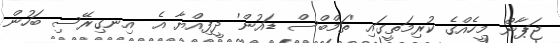
ޖަޕާން މީހެއްގެ ކުރިމަތީގައި 'ތަމްބްސް ޑައުން' ދީފިއްޔާ އެ  އިނގިރޭސި ބަހުން